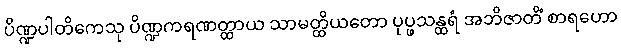
ပိဏ္ဍပါတိကေသု ပိဏ္ဍကရဏတ္ထာယ သာမတ္ထိယတော ပုပ္ဖသန္ထရံ အဘိဇာတိံ စာရဟော